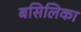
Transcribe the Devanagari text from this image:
बसिलिका